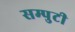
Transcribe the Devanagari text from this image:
सम्पुटी